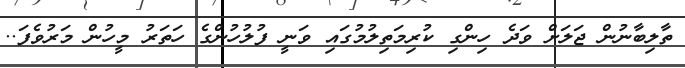
ތާލިބާނުން ޖަލަށް ވަދެ ހިންގި ކުރިމަތިލުމުގައި ވަނީ ފުލުހުންގެ ހަތަރު މީހުން މަރުވެފަ..